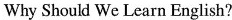
Why Should We Learn English?